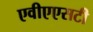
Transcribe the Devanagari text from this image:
एवीएएसटी